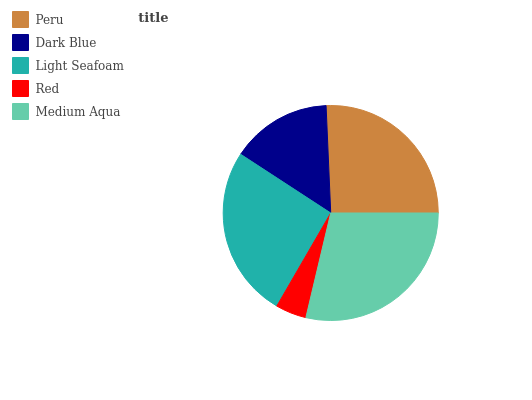
| Peru | Dark Blue | Light Seafoam | Red | Medium Aqua |
 | --- | --- | --- | --- | --- |
 | 25.7% | 15.1% | 25.8% | 4.66% | 28.7% |